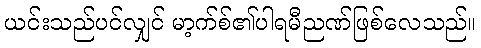
ယင်းသည်ပင်လျှင် မာ့က်စ်၏ပါရမီညဏ်ဖြစ်လေသည်။